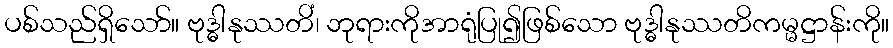
ပစ်သည်ရှိသော်။ ဗုဒ္ဓါနုဿတိံ၊ ဘုရားကိုအာရုံပြု၍ဖြစ်သော ဗုဒ္ဓါနုဿတိကမ္မဋ္ဌာန်းကို။